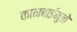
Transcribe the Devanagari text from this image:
कानबाईमुळे